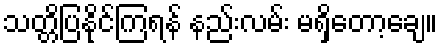
သတ္တိပြနိုင်ကြရန် နည်းလမ်း မရှိတော့ချေ။